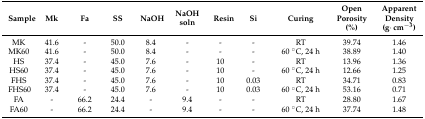
<table><thead><tr><td><b>Sample</b></td><td><b>Mk</b></td><td><b>Fa</b></td><td><b>SS</b></td><td><b>NaOH</b></td><td><b>NaOH soln</b></td><td><b>Resin</b></td><td><b>Si</b></td><td><b>Curing</b></td><td><b>Open Porosity (%)</b></td><td><b>Apparent Density (g·cm<sup>−3</sup>)</b></td></tr></thead><tbody><tr><td>MK</td><td>41.6</td><td>-</td><td>50.0</td><td>8.4</td><td>-</td><td>-</td><td>-</td><td>RT</td><td>39.74</td><td>1.46</td></tr><tr><td>MK60</td><td>41.6</td><td>-</td><td>50.0</td><td>8.4</td><td>-</td><td>-</td><td>-</td><td>60 °C, 24 h</td><td>38.89</td><td>1.40</td></tr><tr><td>HS</td><td>37.4</td><td>-</td><td>45.0</td><td>7.6</td><td>-</td><td>10</td><td>-</td><td>RT</td><td>13.96</td><td>1.36</td></tr><tr><td>HS60</td><td>37.4</td><td>-</td><td>45.0</td><td>7.6</td><td>-</td><td>10</td><td>-</td><td>60 °C, 24 h</td><td>12.66</td><td>1.25</td></tr><tr><td>FHS</td><td>37.4</td><td>-</td><td>45.0</td><td>7.6</td><td>-</td><td>10</td><td>0.03</td><td>RT</td><td>34.71</td><td>0.83</td></tr><tr><td>FHS60</td><td>37.4</td><td>-</td><td>45.0</td><td>7.6</td><td>-</td><td>10</td><td>0.03</td><td>60 °C, 24 h</td><td>53.16</td><td>0.71</td></tr><tr><td>FA</td><td>-</td><td>66.2</td><td>24.4</td><td>-</td><td>9.4</td><td>-</td><td>-</td><td>RT</td><td>28.80</td><td>1.67</td></tr><tr><td>FA60</td><td>-</td><td>66.2</td><td>24.4</td><td>-</td><td>9.4</td><td>-</td><td>-</td><td>60 °C, 24 h</td><td>37.74</td><td>1.48</td></tr></tbody></table>